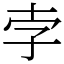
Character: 孛